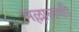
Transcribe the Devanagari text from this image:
भल्लालची